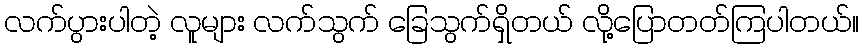
လက်ပွားပါတဲ့ လူများ လက်သွက် ခြေသွက်ရှိတယ် လို့ပြောတတ်ကြပါတယ်။